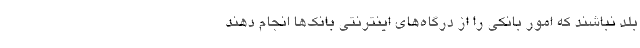
بلد نباشند که امور بانکی را از درگاه‌های اینترنتی بانک‌ها انجام دهند